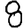
Digit: 8